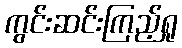
ကွင်းဆင်းကြည့်ရှု